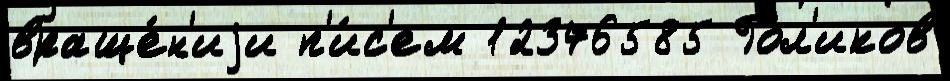
враще́н'иjи п'и́с'ем 12376585 Гол'иков